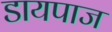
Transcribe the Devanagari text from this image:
डायपाज